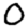
Digit: 0